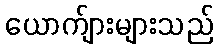
ယောက်ျားများသည်